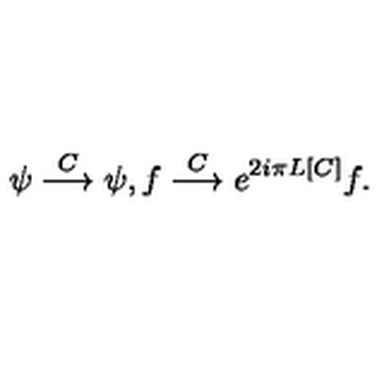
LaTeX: \psi \stackrel { C } { \longrightarrow } \psi , f \stackrel { C } { \longrightarrow } e ^ { 2 i \pi L [ C ] } f .